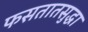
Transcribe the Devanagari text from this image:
फसतातसुद्धा